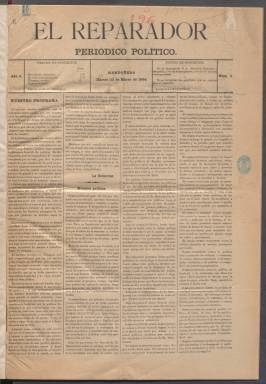
Título: El Reparador (Mondoñedo)
Colección: Periódicos
Ámbito geográfico: Lugo
Lugar de publicación: Mondoñedo [Lugo]
Fechas: 23/03/1886-26/10/1886